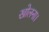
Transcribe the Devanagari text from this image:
खोलना।